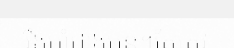
រឹងមាំជាងមុន។តែត្រូវ